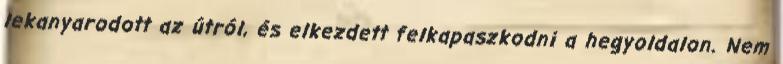
lekanyarodott az útról, és elkezdett felkapaszkodni a hegyoldalon. Nem